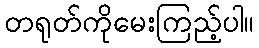
တရုတ်ကိုမေးကြည့်ပါ။